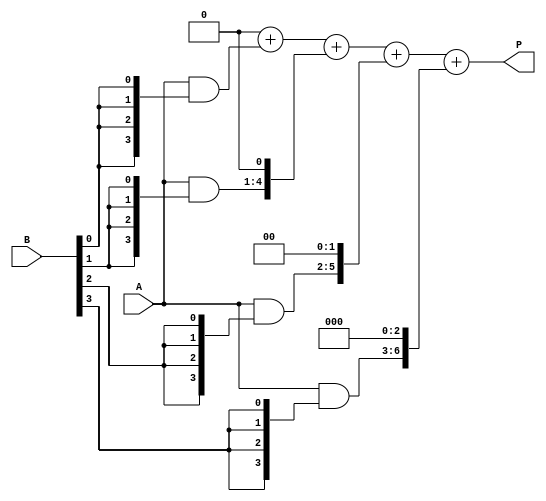
module ArrayMultiplier #(parameter M = 4, N = 4) (
    input [M-1:0] A,   // Multiplicand
    input [N-1:0] B,   // Multiplier
    output reg [M+N-1:0] P // Product
);

    // Intermediate partial products
    wire [M-1:0] pp [0:N-1]; // Partial products (N rows of M bits)

    // Generate partial products
    genvar i, j;
    generate
        for (i = 0; i < N; i = i + 1) begin : pp_gen
            assign pp[i] = A & {M{B[i]}}; // AND A with each bit of B
        end
    endgenerate

    // Add partial products to get the final product
    integer k;
    always @(*) begin
        P = 0; // Initialize product
        for (k = 0; k < N; k = k + 1) begin
            P = P + (pp[k] << k); // Shift left and add
        end
    end

endmodule